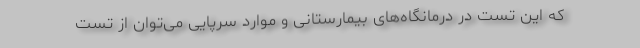
که این تست در درمانگاه‌های بیمارستانی و موارد سرپایی می‌توان از تست